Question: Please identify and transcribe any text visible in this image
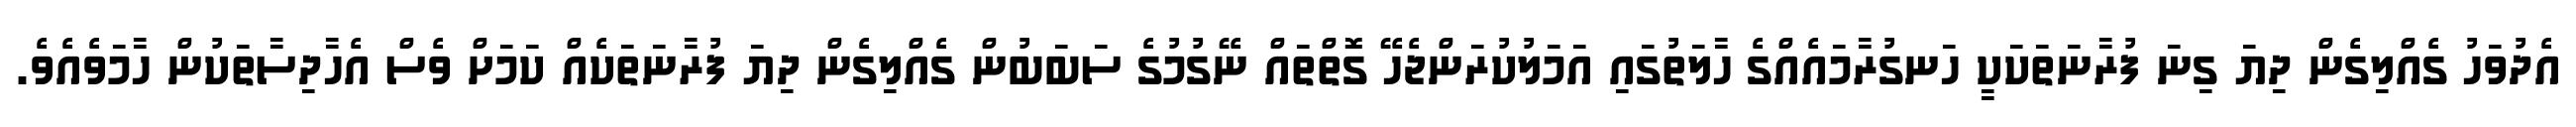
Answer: އެދުވަހު ގެއްލިގެން ދިޔަ ގިނަ ފުރާނަތަކަކީ ހަނގުރާމައެއްގެ ހާލަތުގައި އަމަލުކުރަންޖެހޭ ގޮތްތައް ނޭގުމުގެ ސަބަބުން ގެއްލިގެން ދިޔަ ފުރާނަތަކެއް ކަމަށް ވެސް އެހާދިސާތަކުން ހާމަވެއެވެ.